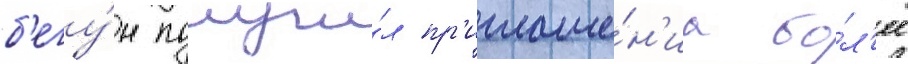
б'егу́н получи́л пр'иглаше́н'иа бо́л'ее